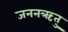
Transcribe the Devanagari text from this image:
जननऋतु